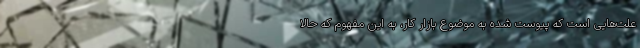
علت‌هایی است که پیوست شده به موضوع بازار کار، به این مفهوم که حالا